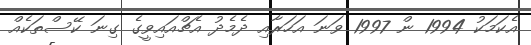
އެކަމަކު 1994 ން 1997 ވަނަ އަހަރާއި ދެމެދު އެޗްއައިވީގެ ގިނަ ކޭސްތަކެއް